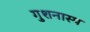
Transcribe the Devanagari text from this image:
गुशनास्प